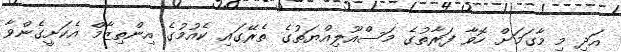
އަދި މި މާގަމަށް ހޮވާ ފަރާތުގެ މަސްއޫލިއްޔަތުގެ ތެރޭގައި ކެއުމުގެ އިންތިޒާމް އެކަށީގެންވާ